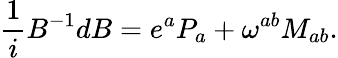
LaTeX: {\frac{1}{i}}B^{-1}dB=e^{a}P_{a}+\omega^{ab}M_{ab}.